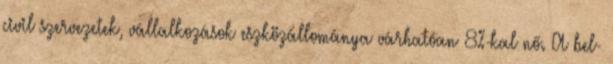
civil szervezetek, vállalkozások eszközállománya várhatóan 8%-kal nő. A bel-